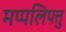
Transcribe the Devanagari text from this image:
मप्पलिपत्तु